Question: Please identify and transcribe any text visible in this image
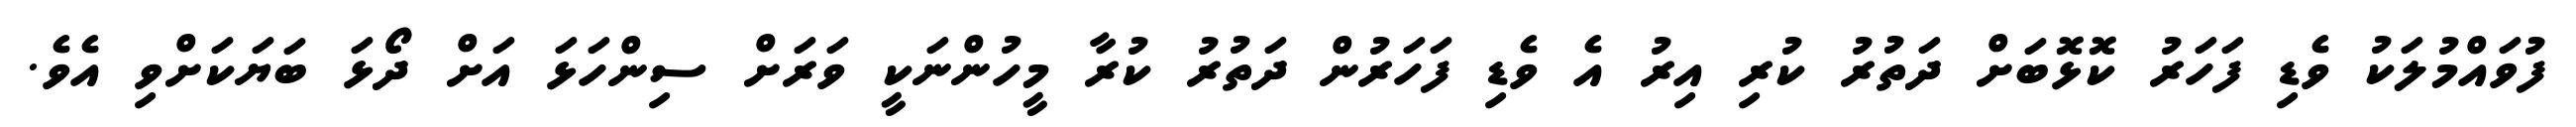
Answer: ފުވައްމުލަކު ވެޑި ފަހަރު ކޮޅޮބަށް ދަތުރު ކުރި އިރު އެ ވެޑި ފަހަރުން ދަތުރު ކުރާ މީހުންނަކީ ވަރަށް ސިންހަޅަ އަށް ދޯޅަ ބަޔަކަށްވި އެވެ.